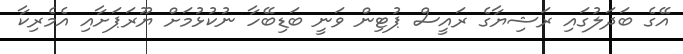
އޭގެ ބަދަލުގައި ރަޝިޔާގެ ރައީސް ޕުޓިން ވަނީ ބަޑިބޭހާ ނުކުޅުމަށް ޔޫރަޕަށާއި އެމެރިކާ